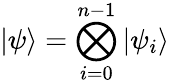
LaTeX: |\psi\rangle=\bigotimes_{i=0}^{n-1}|\psi_{i}\rangle